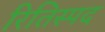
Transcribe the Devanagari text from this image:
रितिस्पद